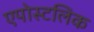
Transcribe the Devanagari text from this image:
एपोस्टलिक